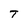
Character: T